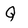
Character: Q